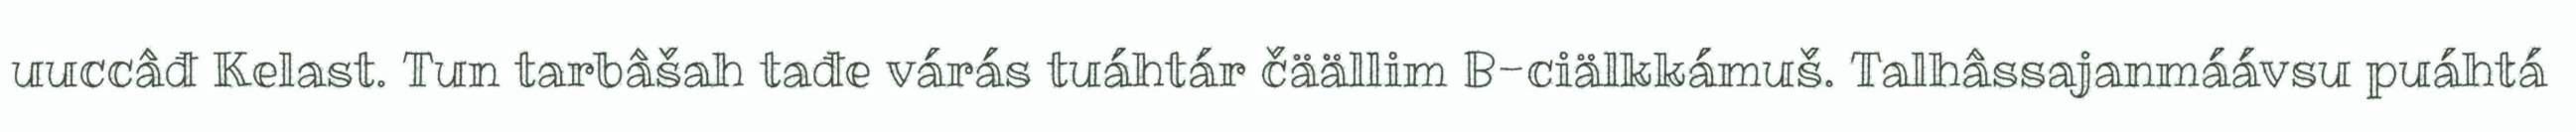
uuccâđ Kelast. Tun tarbâšah tađe várás tuáhtár čäällim B-ciälkkámuš. Talhâssajanmáávsu puáhtá